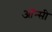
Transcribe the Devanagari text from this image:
ऑन्सी